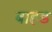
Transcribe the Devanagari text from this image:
बाहड